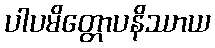
ပါပမိတ္တောပနိဿာယ